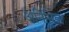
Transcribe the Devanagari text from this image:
अनिभिज्ञ